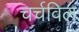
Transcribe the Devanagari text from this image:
चर्चविल